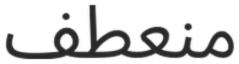
منعطف